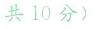
共10分